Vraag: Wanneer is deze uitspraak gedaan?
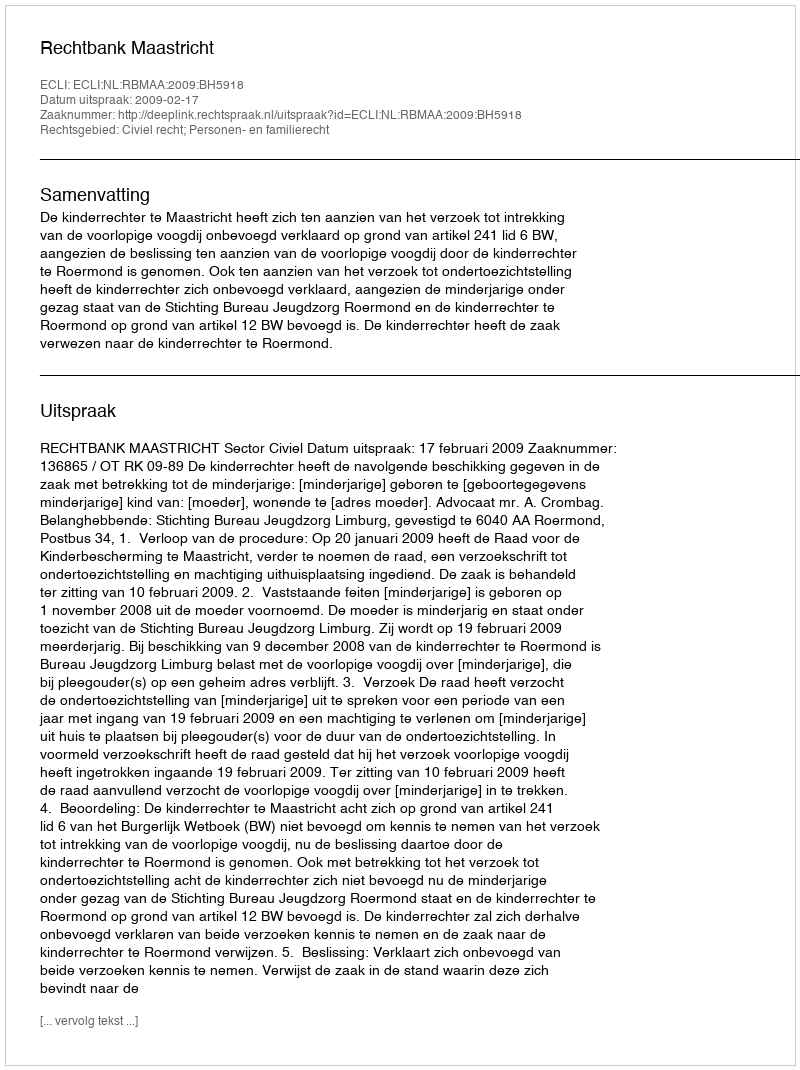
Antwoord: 2009-02-17